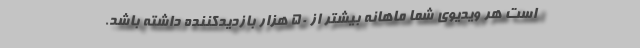
است هر ویدیوی شما ماهانه بیشتر از 50 هزار بازدیدکننده داشته باشد.